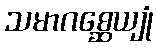
သမာဂစ္ဆေယျုံ